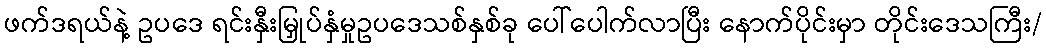
ဖက်ဒရယ်နဲ့ ဥပဒေ ရင်းနှီးမြှုပ်နှံမှုဥပဒေသစ်နှစ်ခု ပေါ်ပေါက်လာပြီး နောက်ပိုင်းမှာ တိုင်းဒေသကြီး/